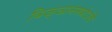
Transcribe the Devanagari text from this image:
विज्ञानमयोऽसि